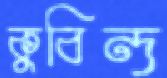
কুবিন্দ